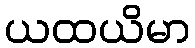
ယထယိမာ